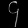
Digit: ၄